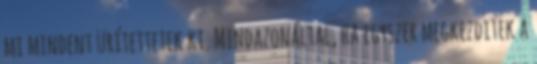
mi mindent ürítettetek ki. Mindazonáltal, ha egyszer megkezditek a